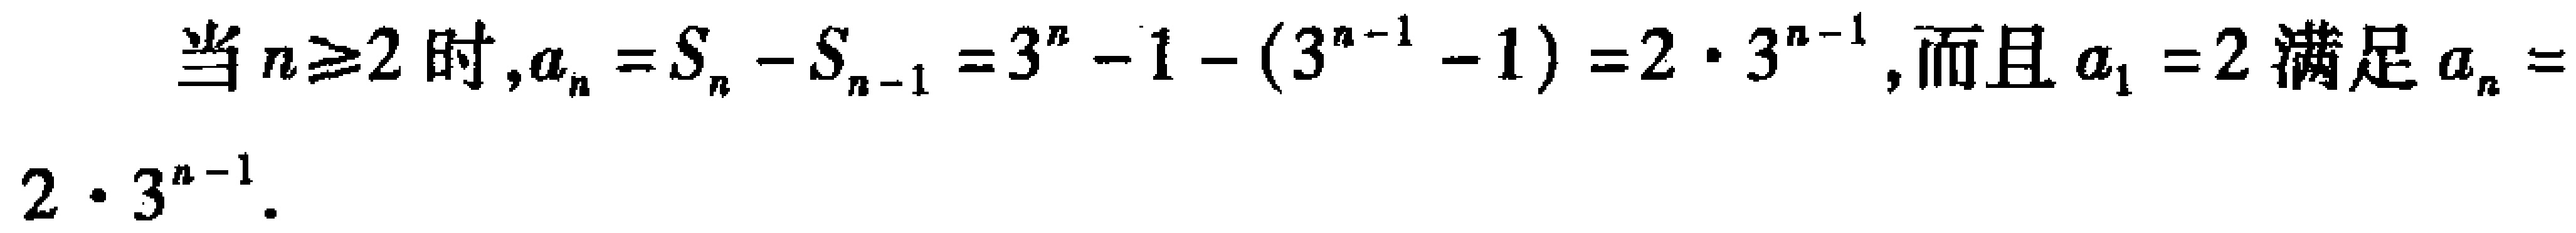
当 \(n\geq 2\) 时, \(a_{n}=S_{n}-S_{n - 1}=3^{n}-1-(3^{n - 1}-1)=2\cdot 3^{n - 1}\), 而且 \(a_{1}=2\) 满足 \(a_{n}=2\cdot 3^{n - 1}\).